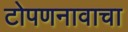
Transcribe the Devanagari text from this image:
टोपणनावाचा